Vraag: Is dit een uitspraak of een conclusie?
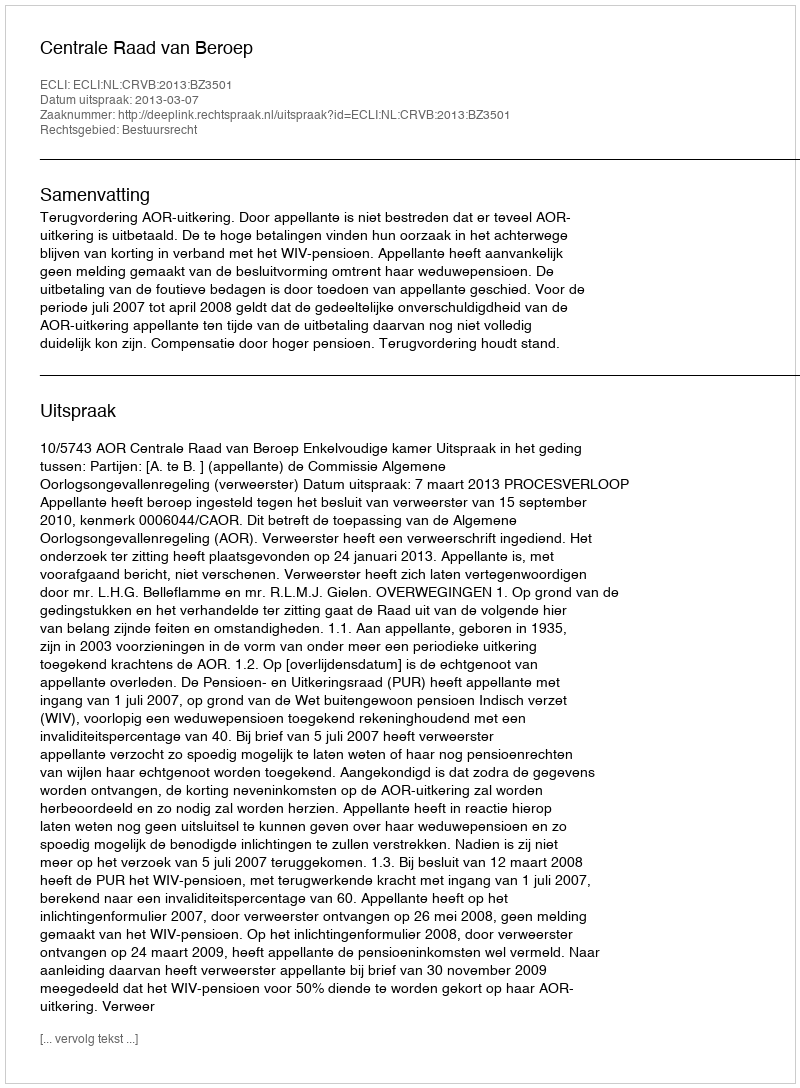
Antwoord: Uitspraak